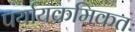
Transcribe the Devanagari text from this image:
पर्यायक्रमिकतः